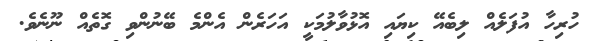
ހުރިހާ އުފަލެއް ލިބެއޭ ކިޔައި އޮޅުވާލުމަކީ އަހަރެން އެންމެ ބޭނުންވި ގޮތެއް ނޫނެވެ.